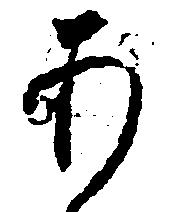
あ